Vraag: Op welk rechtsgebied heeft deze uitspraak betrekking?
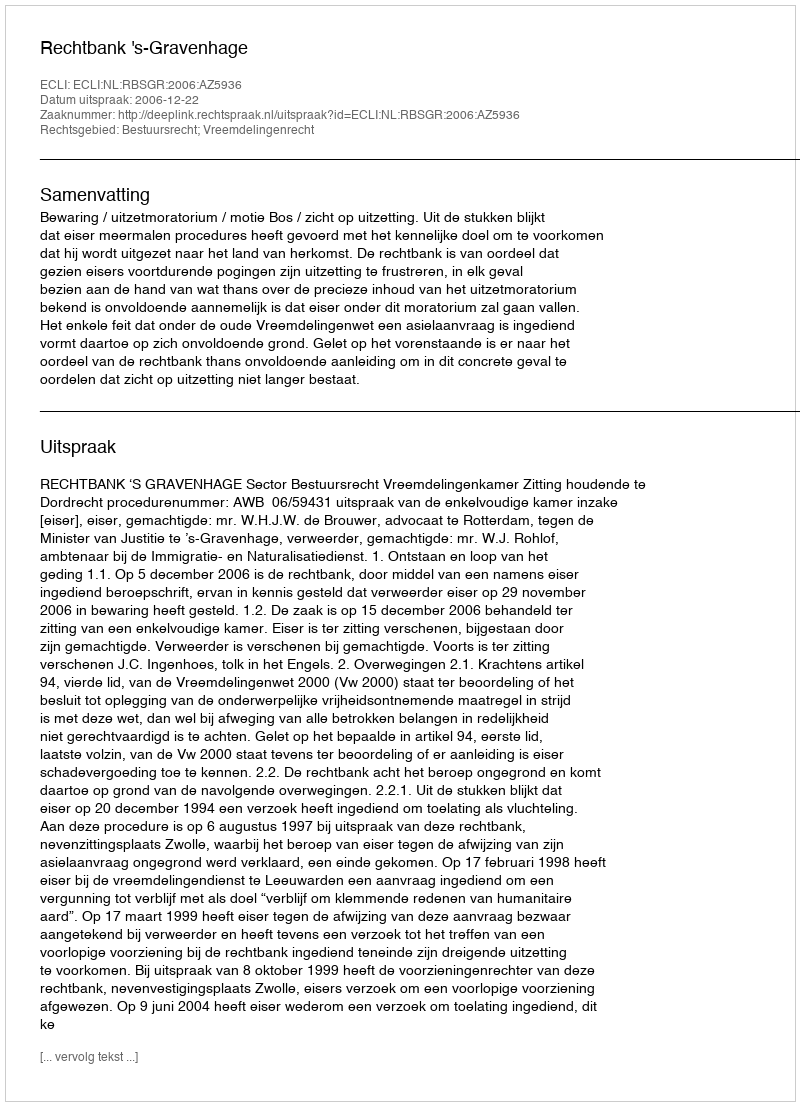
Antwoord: Bestuursrecht; Vreemdelingenrecht